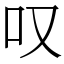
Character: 叹